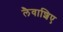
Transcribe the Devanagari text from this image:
लैवाशिए